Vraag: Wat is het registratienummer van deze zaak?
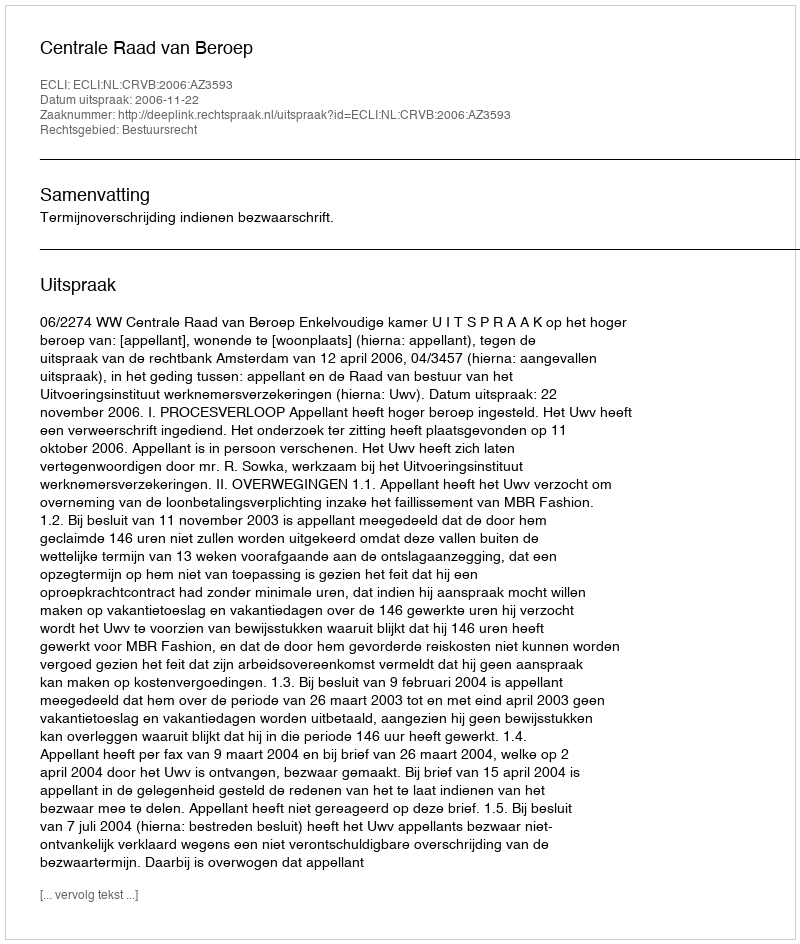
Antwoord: http://deeplink.rechtspraak.nl/uitspraak?id=ECLI:NL:CRVB:2006:AZ3593